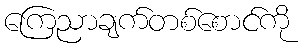
ကြေညာချက်တစ်စောင်ကို